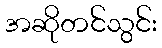
အဆိုတင်သွင်း